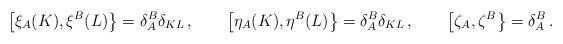
LaTeX: \begin{align*}\left[ \xi_A(K) , \xi^B(L) \right\} = \delta_A^B \delta_{KL} \,, \qquad\left[ \eta_A(K) , \eta^B(L) \right\} = \delta_A^B \delta_{KL} \,, \qquad\left[ \zeta_A , \zeta^B \right\} = \delta_A^B \,.\end{align*}